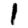
Digit: 1